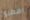
اضطروا